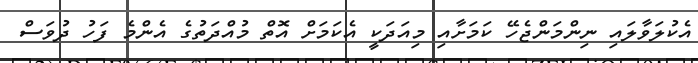
އެކުލަވާލައި ނިންމަންޖެހޭ ކަމަށާއި މިއަދަކީ އެކަމަށް އޮތް މުއްދަތުގެ އެންމެ ފަހު ދުވަސް